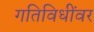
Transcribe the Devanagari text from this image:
गतिविधींवर